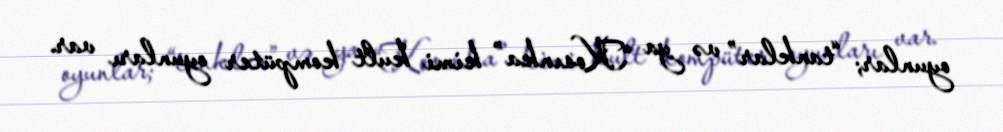
oyunlar; “tanklar” və ya “Kosınka” kimi kult kompüter oyunları var.